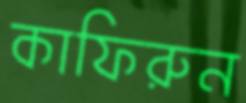
কাফিরুন